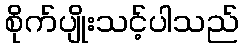
စိုက်ပျိုးသင့်ပါသည်